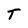
Character: T